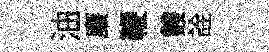
油廉鞭䨇詮